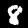
Digit: 8